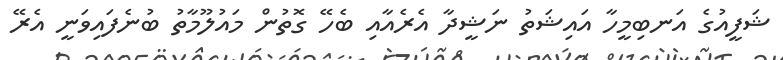
ޝަފީއުގެ އަނބިމީހާ އައިޝަތު ނަޝީދާ އެރެއާއި ބެހޭ ގޮތުން މައުލޫމާތު ބުނެފައިވަނީ އެރޭ